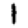
Digit: 1